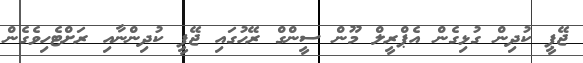
ޖޭޕީ ކުދިން ގުޅިގެން އެޕްރީލް މޫން ސީންގް ރޭހުގައި ޖޭޕީ ކުދިންނާއި ރަށްޓެހިވެގެން